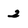
Character: 2